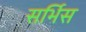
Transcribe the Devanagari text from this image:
सर्भिस